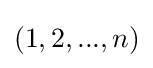
(1,2,...,n)